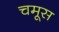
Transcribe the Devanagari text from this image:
चमूस